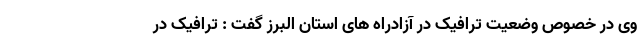
وی در خصوص وضعیت ترافیک در آزادراه های استان البرز گفت : ترافیک در